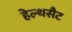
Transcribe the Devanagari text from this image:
हेल्थसैट